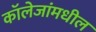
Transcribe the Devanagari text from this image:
कॉलेजांमधील